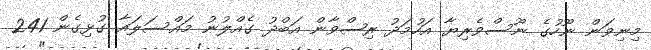
މިނިވަން ނޫހުގެ ނޫސްވެރިޔާ އަހުމަދު ރިޟްވާން އަބްދު ގެއްލުނު މައްސަލައާ ގުޅިގެން 241